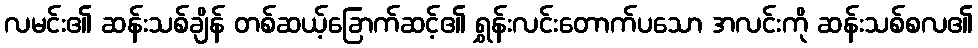
လမင်း၏ ဆန်းသစ်ချိန် တစ်ဆယ့်ခြောက်ဆင့်၏ ရွှန်းလင်းတောက်ပသော အလင်းကို ဆန်းသစ်စလ၏